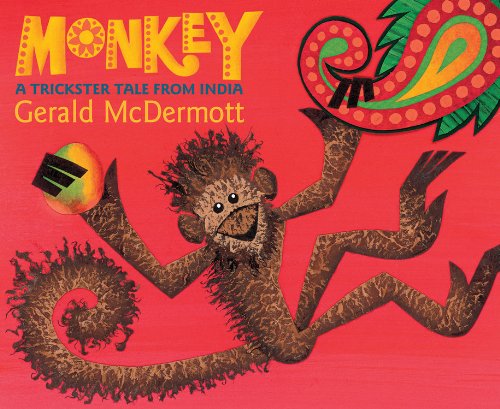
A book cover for Monkey: A Trickster Tale from India; Gerald McDermott; Children's Books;